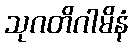
သုဂတိဂါမိနံ